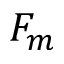
F _ { m }